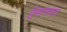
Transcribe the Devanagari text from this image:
ईमानदारा